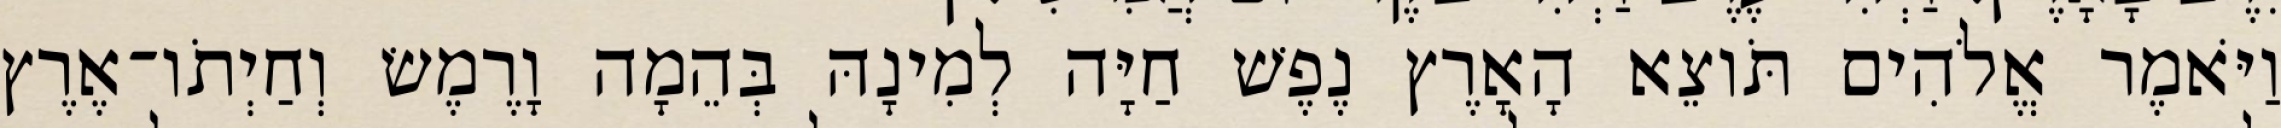
וַיֹּאמֶר אֱלֹהִים תֹּוצֵא הָאָרֶץ נֶפֶשׁ חַיָּה לְמִינָהּ בְּהֵמָה וָרֶמֶשׂ וְחַיְתֹו־אֶרֶץ